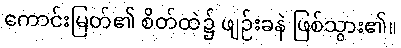
ကောင်းမြတ်၏ စိတ်ထဲ၌ ဖျဉ်းခနဲ ဖြစ်သွား၏။